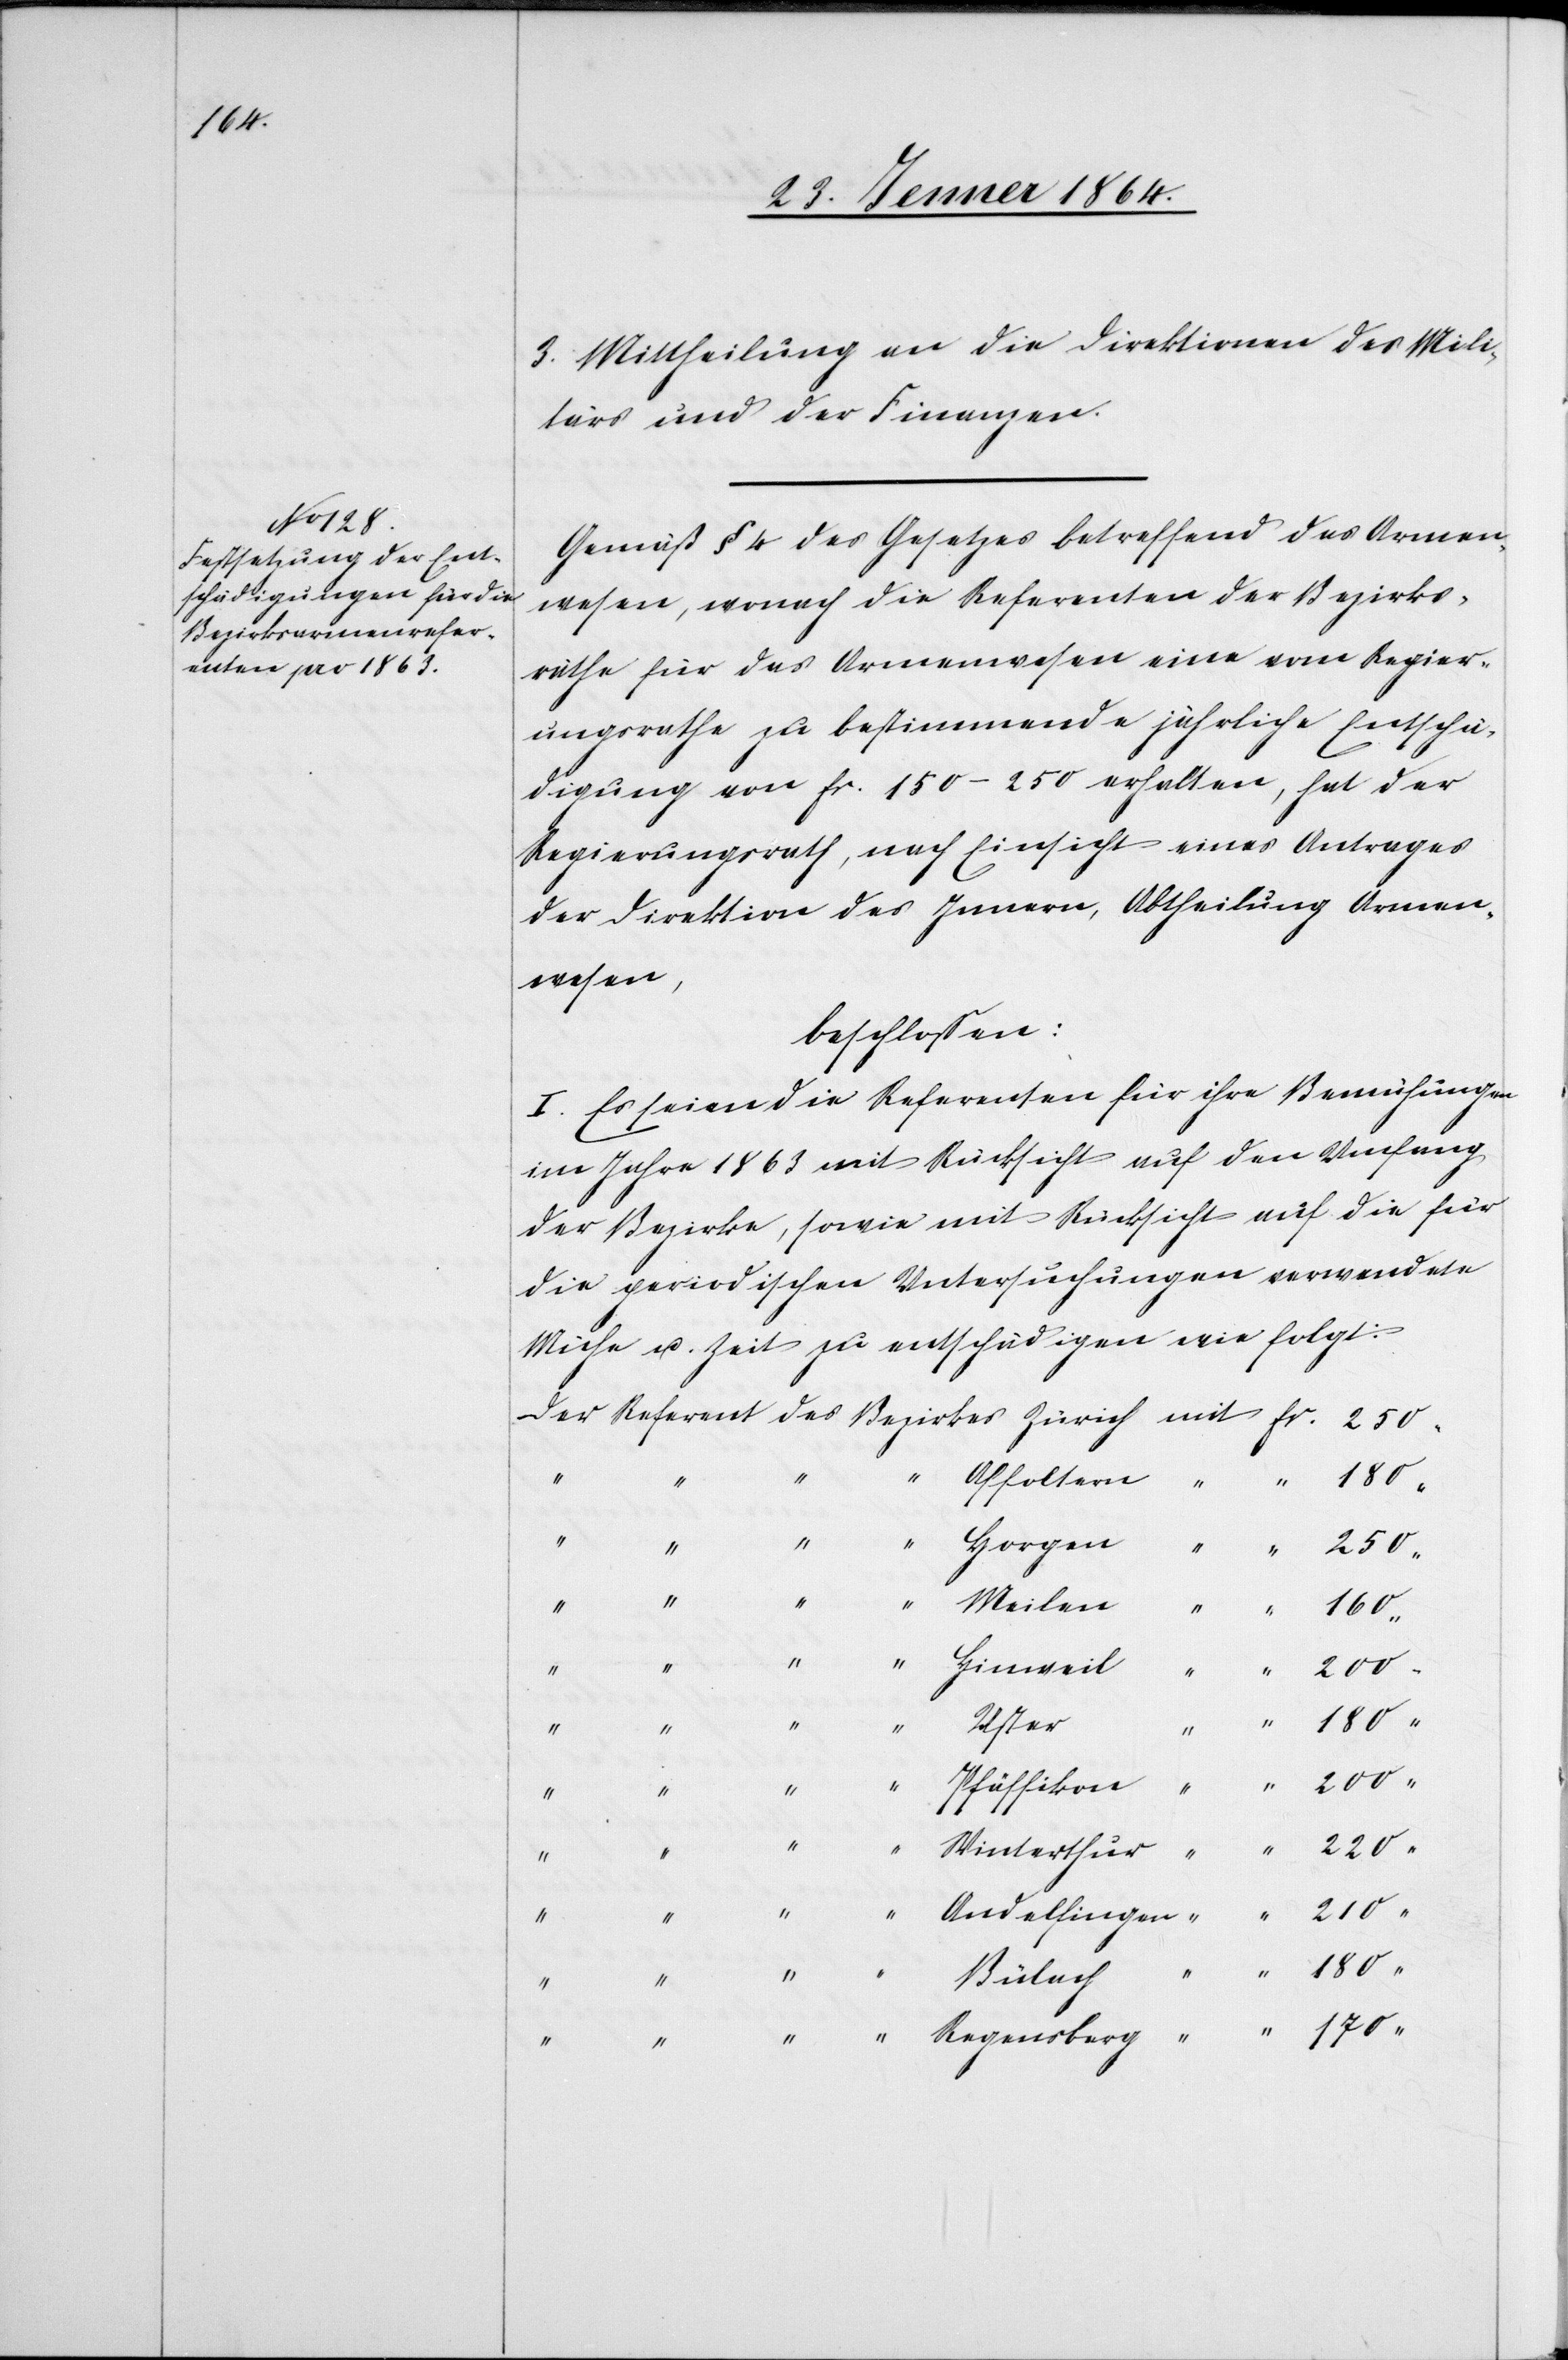
3. Mittheilung an die Direktionen des Mili¬
tärs und der Finanzen.
Gemäß § 4 des Gesetzes betreffend das Armen¬
wesen, wonach die Referenten der Bezirks¬
räthe für das Armenwesen eine vom Regier¬
ungsrathe zu bestimmende jährliche Entschä¬
digung von fr. 150-250 erhalten, hat der
Regierungsrath, nach Einsicht eines Antrages
der Direktion des Innern, Abtheilung Armen¬
wesen,
beschlossen:
I. Es seien die Referenten für ihre Bemühungen
im Jahre 1863 mit Rücksicht auf den Umfang
der Bezirke, sowie mit Rücksicht auf die für
die gerichtlichen Untersuchungen verwendete
Mühe u. Zeit zu entschädigen wie folgt:
“
Meilen
Regensberg
170
Hinweil
“
Uster
“
Pfäffikon
“
210
Winterthur